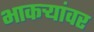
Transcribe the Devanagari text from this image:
भाकऱ्यांवर